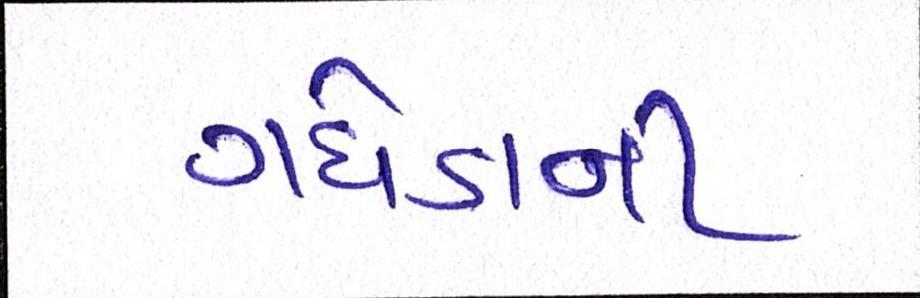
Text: ગધેડાની